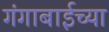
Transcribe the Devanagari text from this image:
गंगाबाईच्या